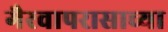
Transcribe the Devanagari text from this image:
गैरवापरासाच्या